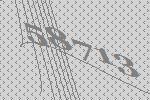
58713